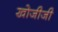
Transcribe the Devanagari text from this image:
खोजीजी